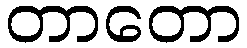
တာတော